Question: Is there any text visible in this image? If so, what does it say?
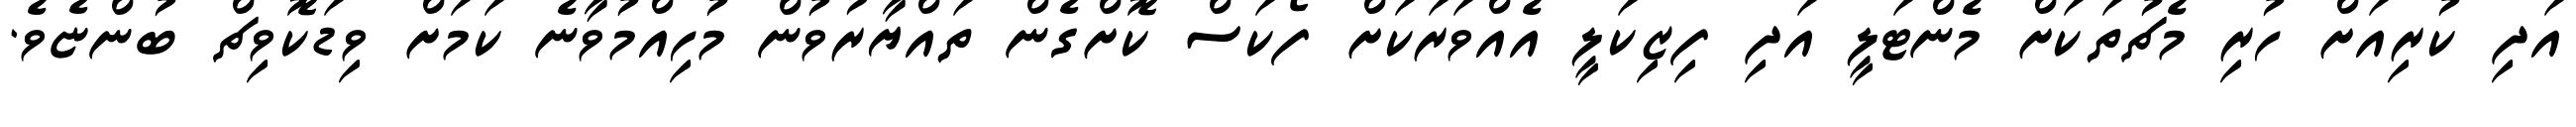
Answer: އަދި ކުރިއަށް ހުރި މެޗުތަކަށް މެންޓަލީ އަދި ފިޒިކަލީ އެއްވަރަކަށް ފޯކަސް ކޮށްގެން ތައްޔާރުވުން މުހިއްމުވާނެ ކަމަށް ވިޑަކޮވިޗް ބުންޏެވެ.